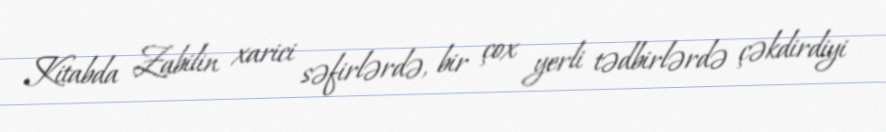
Kitabda Zabilin xarici səfirlərdə, bir çox yerli tədbirlərdə çəkdirdiyi